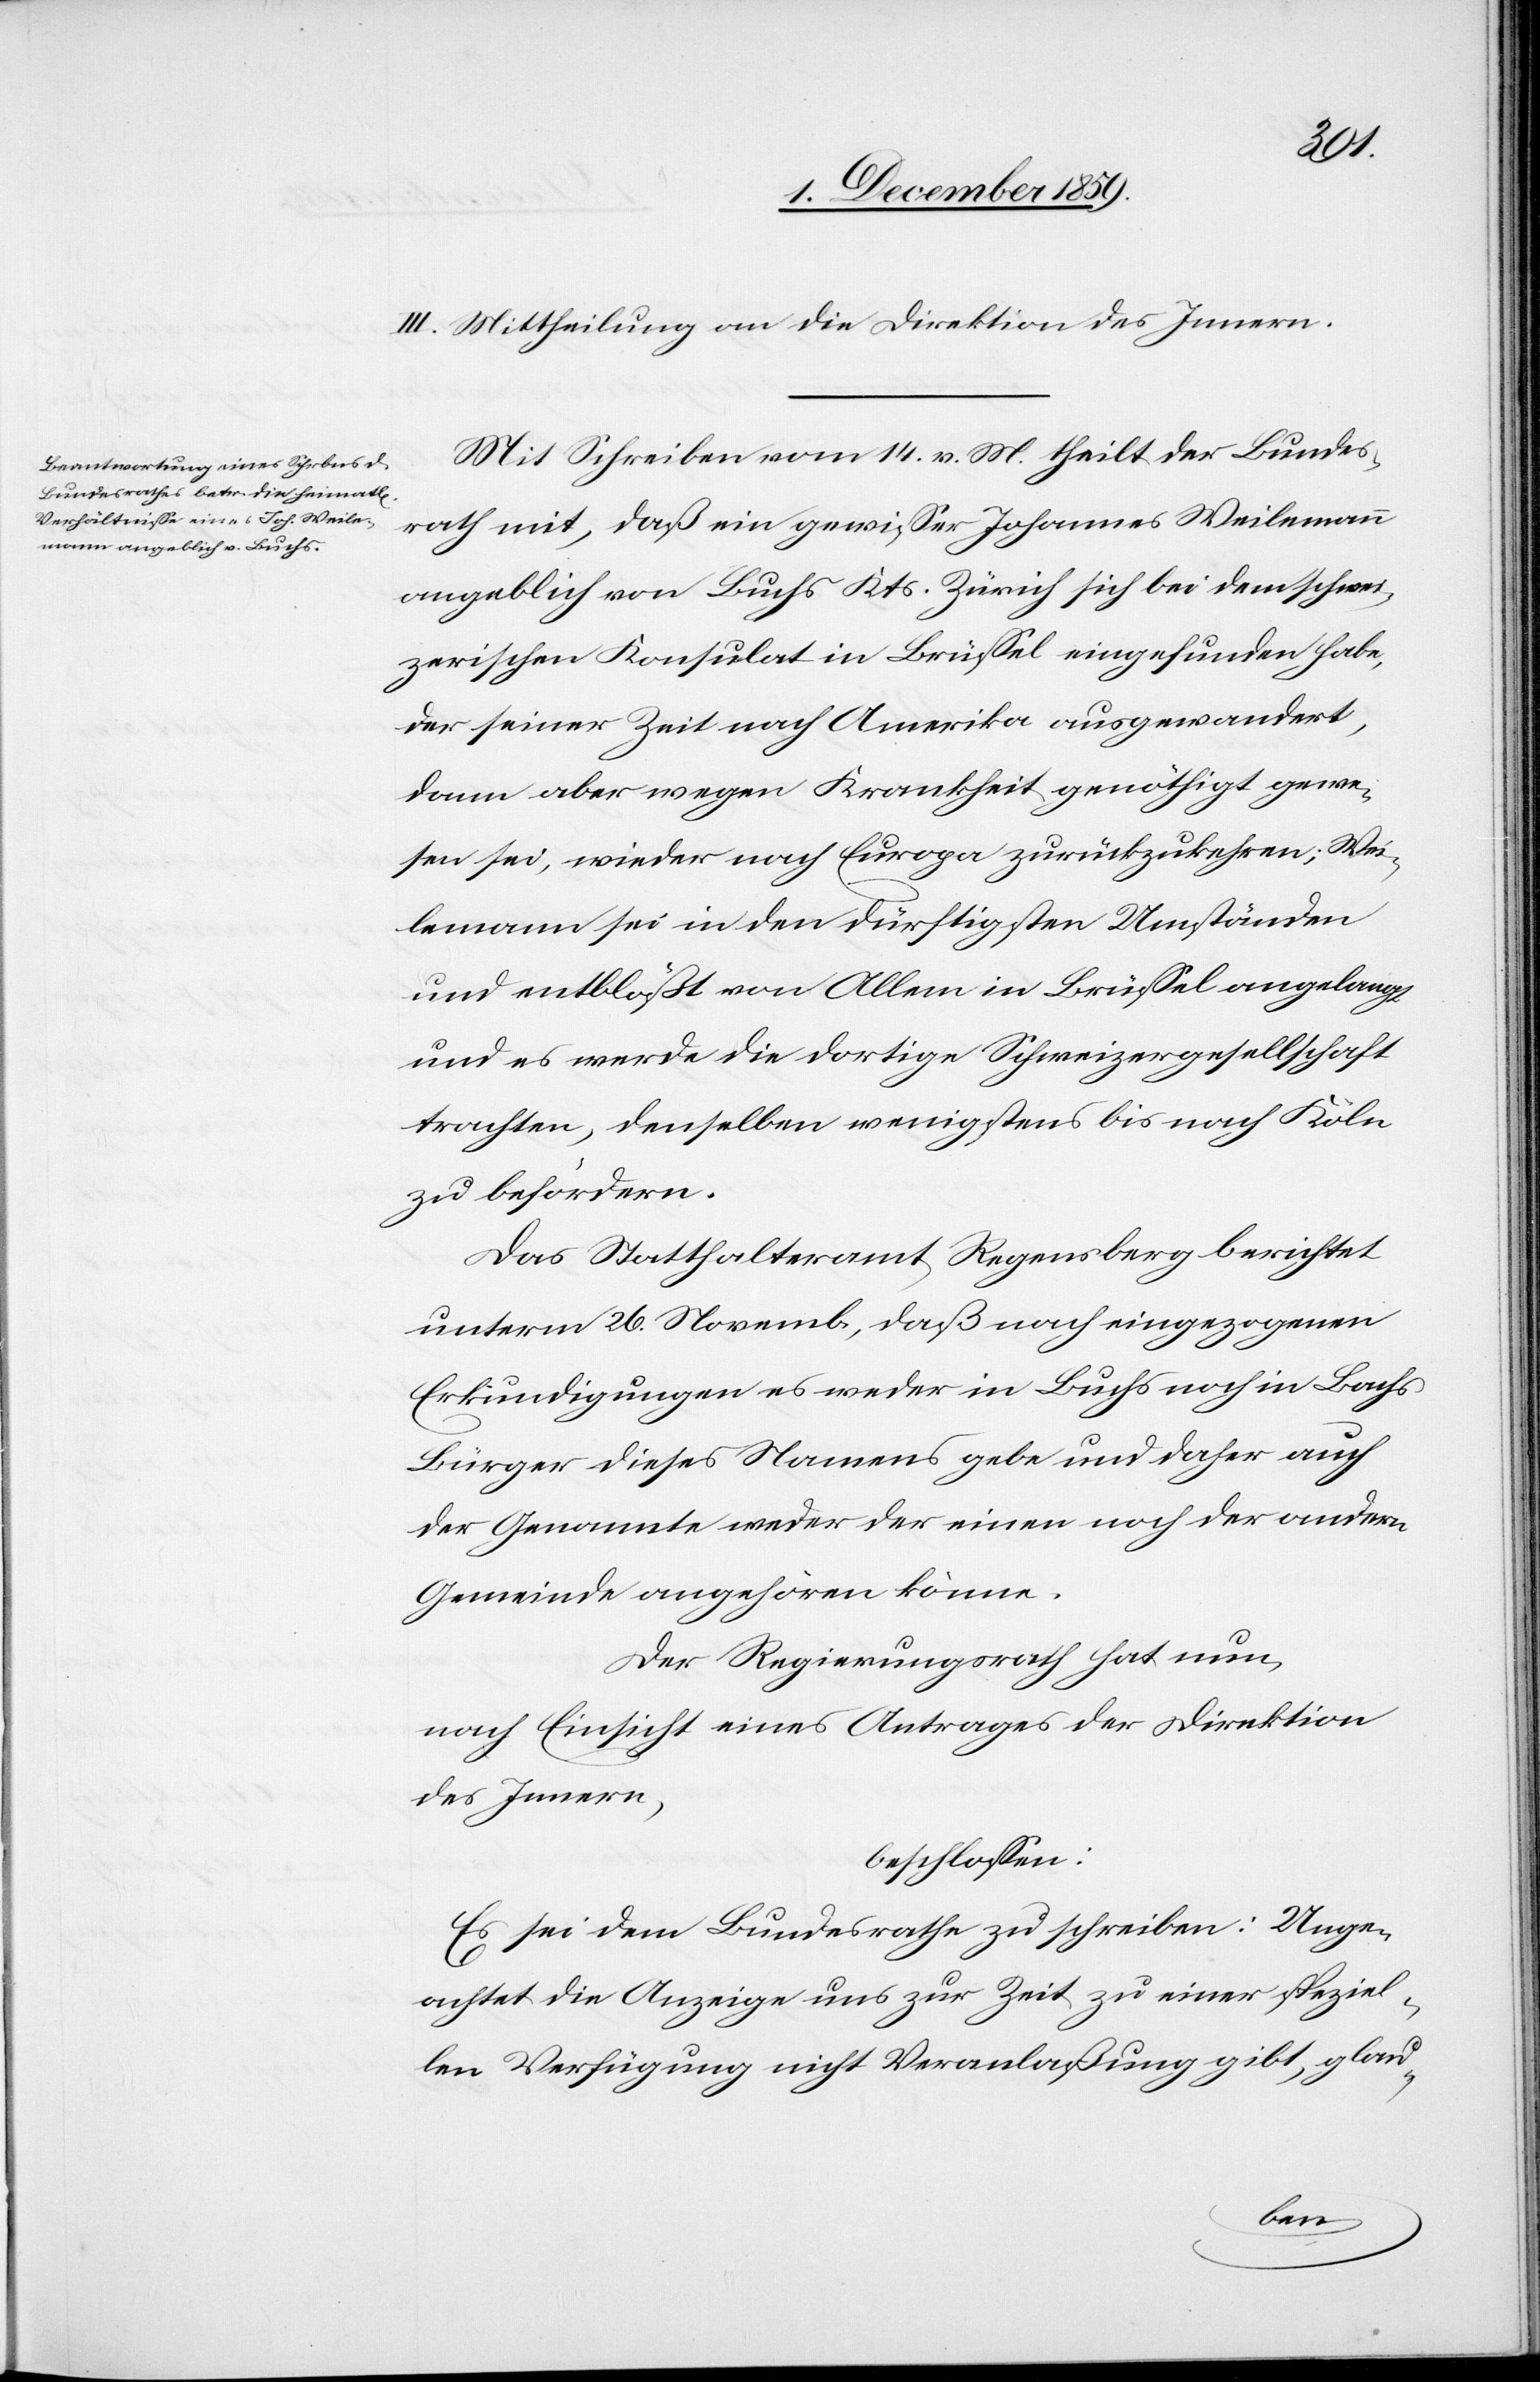
III. Mittheilung an die Direktion des Innern.
Mit Schreiben vom 14. v. M. theilt der Bundes¬
rath mit, daß ein gewisser Johannes Weilemann
angeblich von Buchs Kts. Zürich sich bei dem schwei¬
zerischen Konsulat in Brüssel eingefunden habe,
der seiner Zeit nach Amerika ausgewandert,
dann aber wegen Krankheit genöthigt gewe¬
sen sei, wieder nach Europa zurückzukehren; Wei¬
lemann sei in den dürftigsten Umständen
und entblößt von Allem in Brüssel angelangt
und es werde die dortige Schweizergesellschaft
trachten, denselben wenigstens nach Köln
zu befördern.
Das Statthalteramt Regensberg berichtet
unterm 26. Novemb., daß nach eingezogenen
Erkundigungen es weder in Buchs noch in Bachs
Bürger dieses Namens gebe und daher auch
der Genannte weder der einen noch der andern
Gemeinde angehören könne.
Der Regierungsrath hat nun,
nach Einsicht eines Antrages der Direktion
des Innern,
beschlossen:
Es sei dem Bundesrathe zu schreiben: Unge¬
achtet [dass] die Anzeige uns zur Zeit zu einer Speziel¬
len Verfügung nicht Veranlaßung gibt, glau-